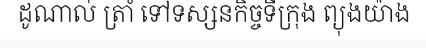
ដូណាល់ ត្រាំ ទៅទស្សនកិច្ចទីក្រុង ព្យុងយ៉ាង